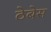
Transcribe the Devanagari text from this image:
ठेबेस